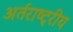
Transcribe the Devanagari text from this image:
अर्तराष्ट्रीय